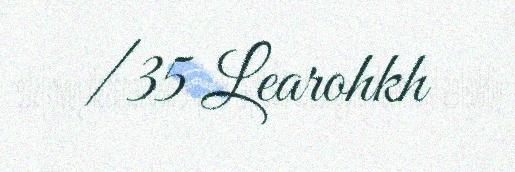
/ 35 Learohkh